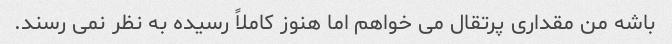
باشه من مقداری پرتقال می خواهم اما هنوز کاملاً رسیده به نظر نمی رسند.